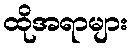
ထိုအရာများ